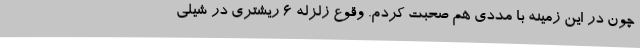
چون در این زمینه با مددی هم صحبت کردم. وقوع زلزله ۶ ریشتری در شیلی